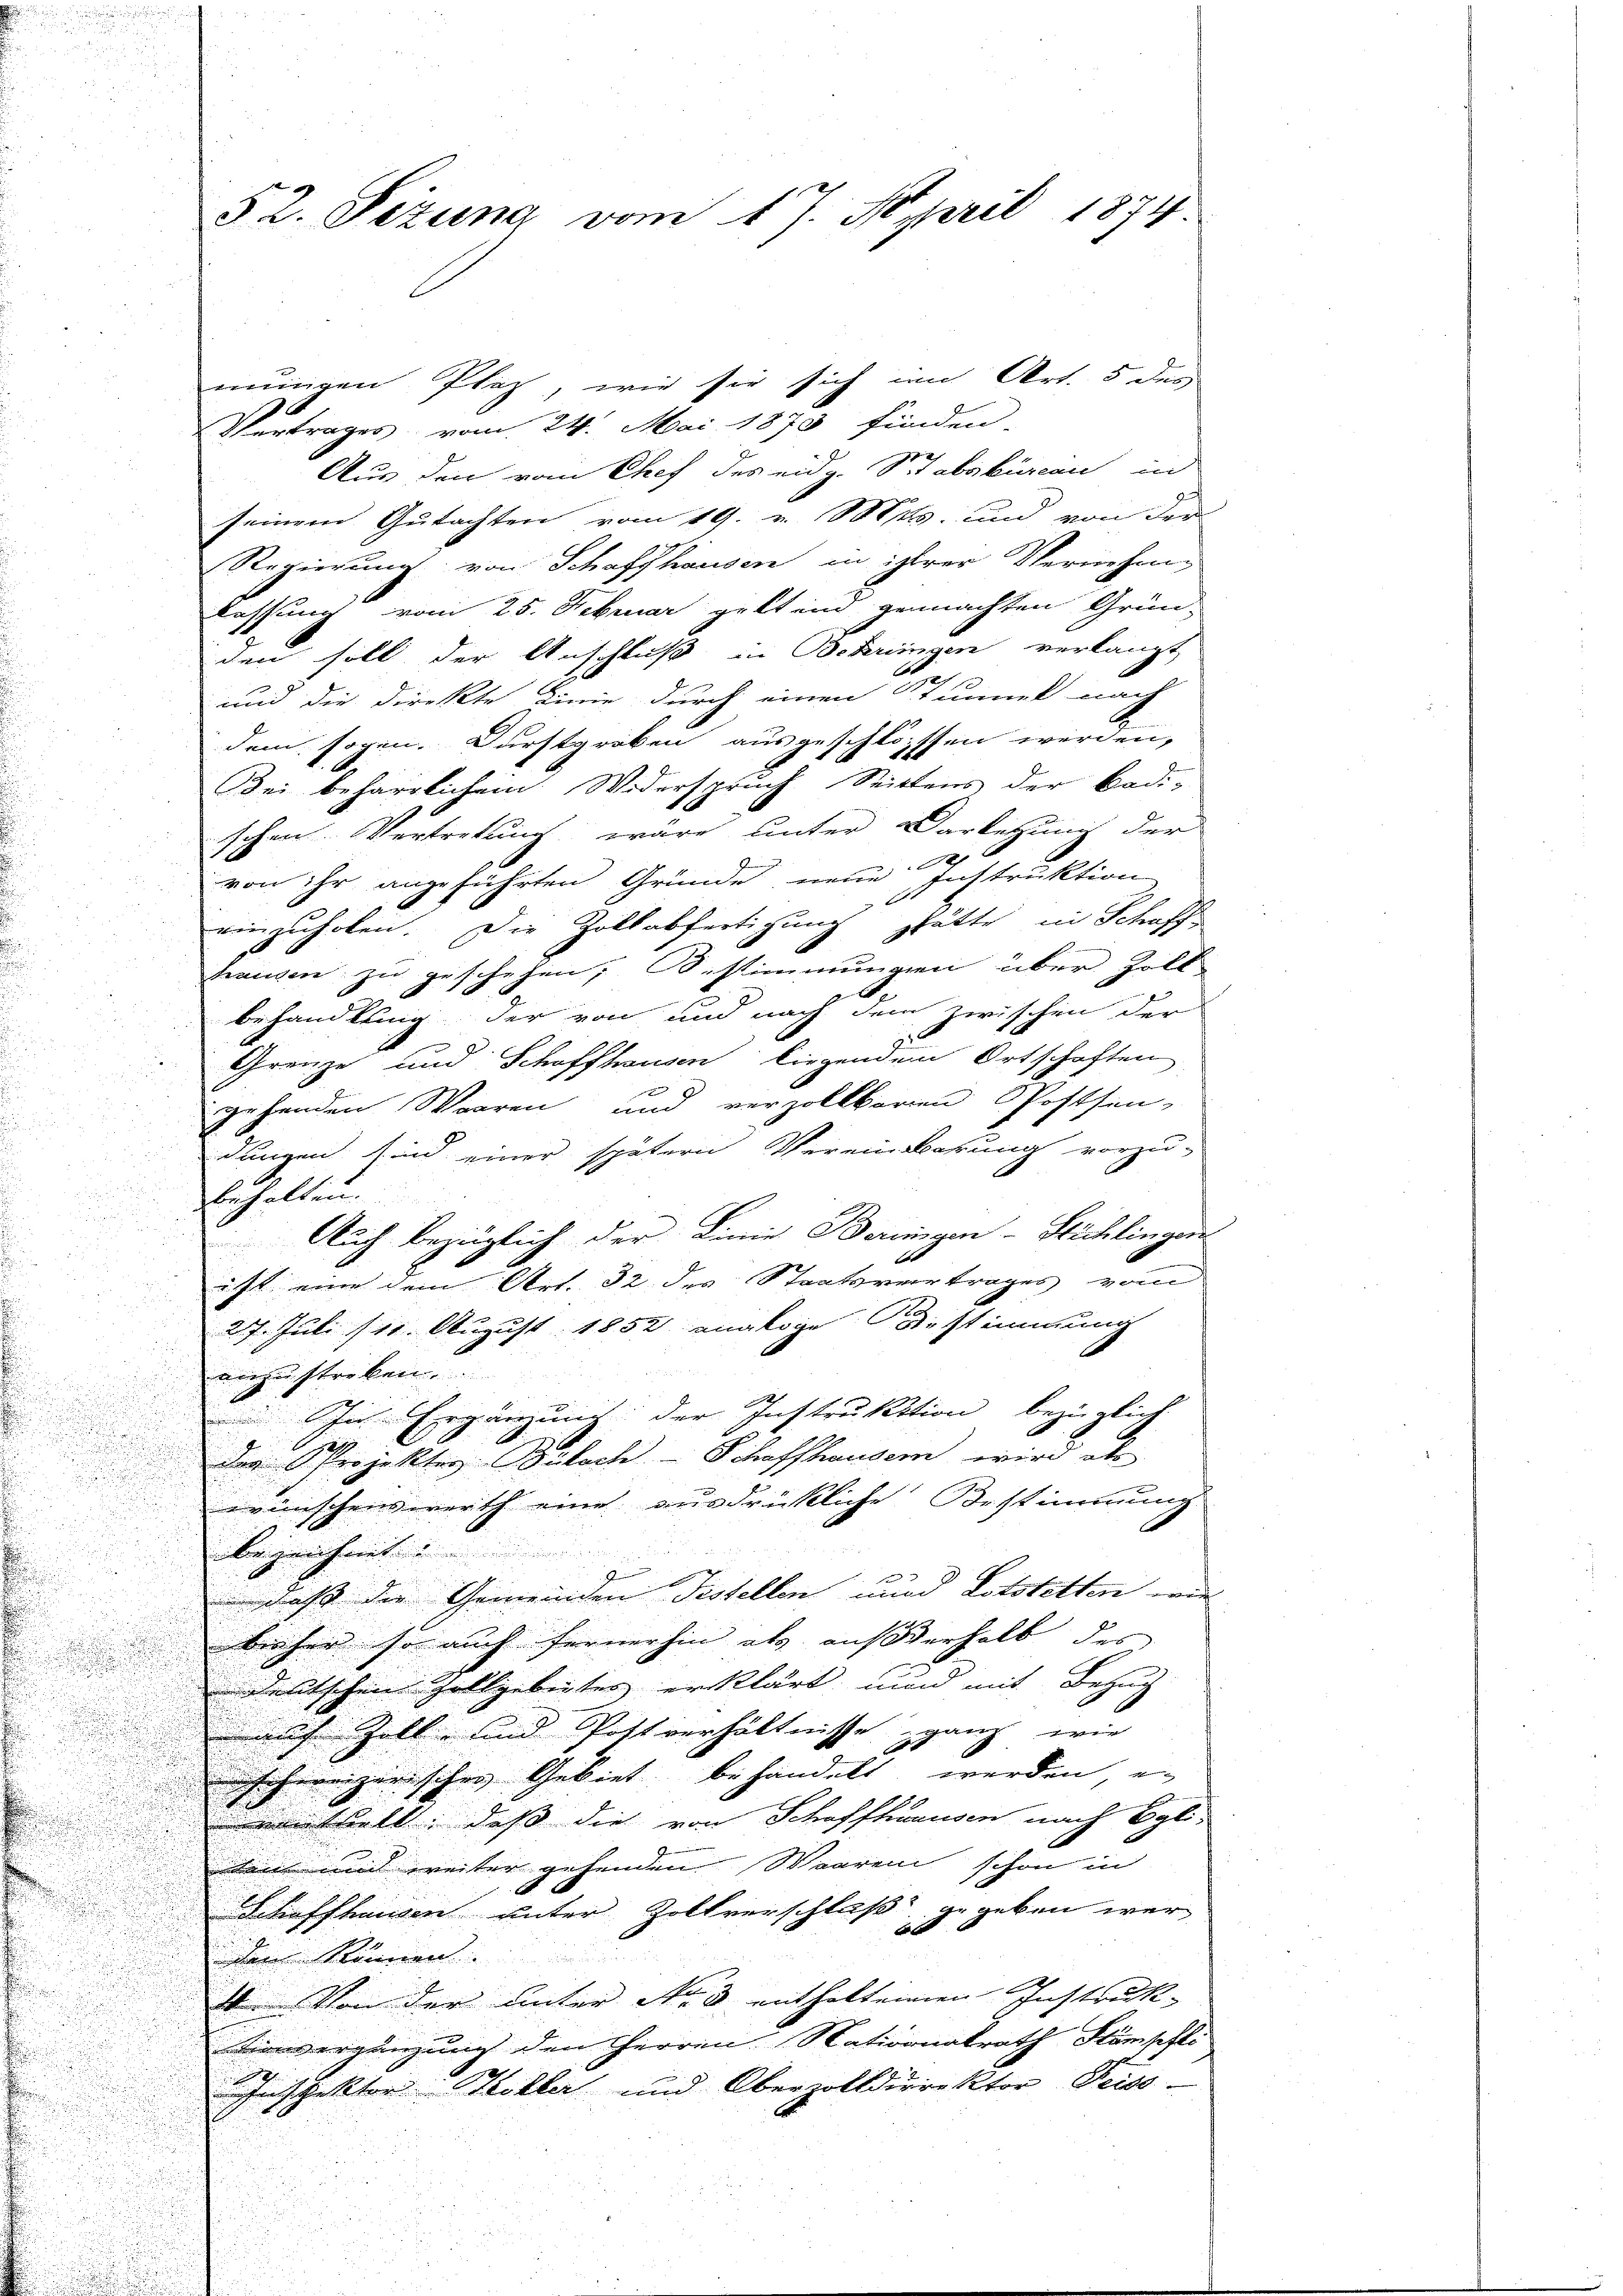
mungen Plaz, wie sie sich im Art. 5 des
Vertrages vom 24. Mai 1873 finden,
Aus den vom Chef des eidg. Stabsbureau in
seinem Gutachten vom 19. v. Mts. und von der
Regierung von Schaffhausen in ihrer Vernehm-
lassung vom 25. Februar geltend gemachten Grün-
den soll der Anschluß in Betringen verlangt,
und die direkte Linie durch einen Stummel nach
dem sogen. Durstgraben ausgeschlosssen werden,
Bei beharrlichem Widerspruch Seitens der Badi-
schen Vertretung wäre unter Darletzung der
von ihr angeführten Gründe neue Instruktion
einzuholen. Die Zollabfertigung
ghätte in Schaff
pausen zu geschehen, bestimmungen über Zoll-
.
behandlung der von und nach dem zwischen der
e
Grenze und Schaffhausen liegendem Ortschaften
gehenden Waaren und verzollbaren Postsen-
dungen sind einer spätern Vereinbarung vorzu-
behalten.

. Auch bezüglich der Linie Beringen-Stichlingen

u
ist eine dem Art. 32 des Staatsvertrages vom
d
27. Juli 111. August 1852 analoge Bestimmung
dazu streben
 In Ergänzung der Instruktion bezüglich
der Projekter Bülach–Schaffhausern wird als
wünschenswerth eine ausdrückliche Bestimmung
eigenheit
G
 daß die Gemeinden Testellen und Lotstetten wir
bisher so auch fernerhin als außerhalb des
deutschen Zollgebietes erklärt, und mit Bezug
auf Zoll- und Postverhältnisse ganz, wie
auch hereizerischer Gebiet behandelt werden, e
wenthielt, daß die von Schaffhausen nach Egli-
sen und weiter gehenden Staaren schon in
E
Schaffhausen unter Zollverschluß gegeben werden können
Von der unter No 3 enthaltenen Instruck-
tinvergänzung den Herren Nationalrath Stämpfli

Inspektor Keller und Oberzolldirektor Perso-

52. Sizung vom 17. April 1874.